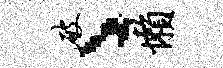
破丶懒